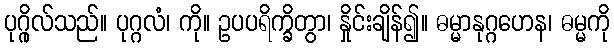
ပုဂ္ဂိုလ်သည်။ ပုဂ္ဂလံ၊ ကို။ ဥပပရိက္ခိတွာ၊ နှိုင်းချိန်၍။ ဓမ္မာနုဂ္ဂဟေန၊ ဓမ္မကို